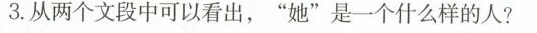
3.从两个文段中可以看出，”她”是一个什么样的人?